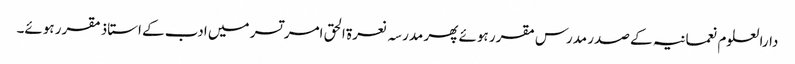
دارالعلوم نعمانیہ کے صدر مدرس مقرر ہوئے پھر مدرسہ نعرۃ الحق امر تسر میں ادب کے استاذ مقرر ہوئے۔